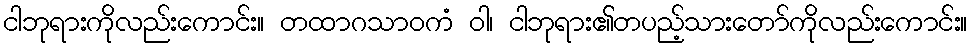
ငါဘုရားကိုလည်းကောင်း။ တထာဂသာဝကံ ဝါ၊ ငါဘုရား၏တပည့်သားတော်ကိုလည်းကောင်း။